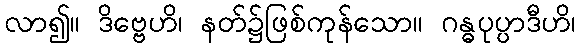
လာ၍။ ဒိဗ္ဗေဟိ၊ နတ်၌ဖြစ်ကုန်သော။ ဂန္ဓပုပ္ပာဒီဟိ၊